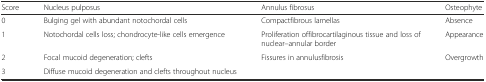
<table><thead><tr><td><b>Score</b></td><td><b>Nucleus pulposus</b></td><td><b>Annulus fibrosus</b></td><td><b>Osteophyte</b></td></tr></thead><tbody><tr><td>0</td><td>Bulging gel with abundant notochordal cells</td><td>Compactfibrous lamellas</td><td>Absence</td></tr><tr><td>1</td><td>Notochordal cells loss; chondrocyte-like cells emergence</td><td>Proliferation offibrocartilaginous tissue and loss of nuclear–annular border</td><td>Appearance</td></tr><tr><td>2</td><td>Focal mucoid degeneration; clefts</td><td>Fissures in annulusfibrosis</td><td>Overgrowth</td></tr><tr><td>3</td><td>Diffuse mucoid degeneration and clefts throughout nucleus</td><td></td><td></td></tr></tbody></table>